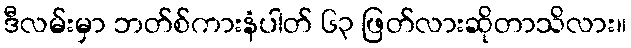
ဒီလမ်းမှာ ဘတ်စ်ကားနံပါတ် ၆၃ ဖြတ်လားဆိုတာသိလား။